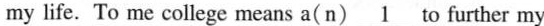
my life. To me college means a( n)\underline{1}